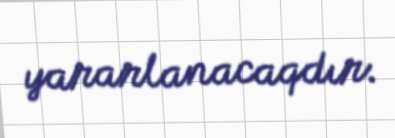
yararlanacaqdır.